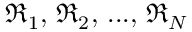
\mathfrak { R } _ { 1 } , \, \mathfrak { R } _ { 2 } , \, . . . , \, \mathfrak { R } _ { N }